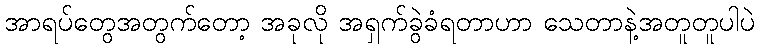
အာရပ်တွေအတွက်တော့ အခုလို အရှက်ခွဲခံရတာဟာ သေတာနဲ့အတူတူပါပဲ